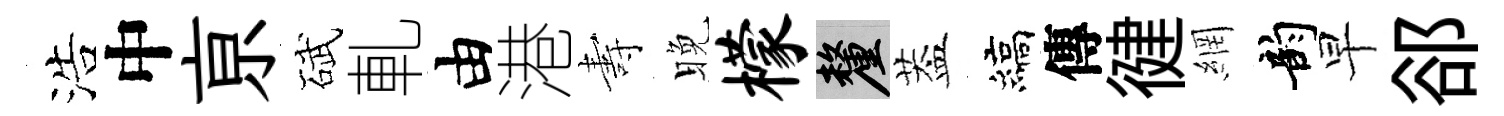
浩中亰碔軋由港夀晚檬厘葢縞傳徤網韵早郤